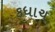
કધાચ